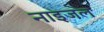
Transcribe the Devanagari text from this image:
नाइजल